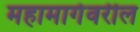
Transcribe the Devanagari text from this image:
महामार्गवरील